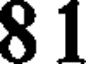
8 1